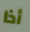
أذا